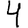
Digit: 4